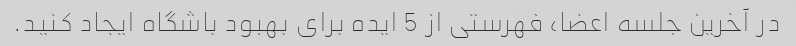
در آخرین جلسه اعضا، فهرستی از 5 ایده برای بهبود باشگاه ایجاد کنید.